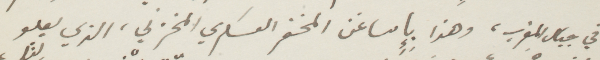
في جبال المغرب، وهذا بإساغن المخفر العسكري المخزني، الذي يعلو